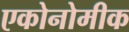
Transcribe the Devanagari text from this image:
एकोनोमीक